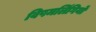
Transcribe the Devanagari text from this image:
विषमलिंगियों